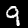
Label: 9